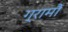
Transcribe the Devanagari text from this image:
ग्रामौं